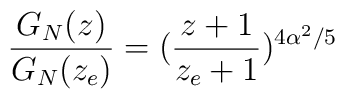
\frac{G_N(z)}{G_N(z_e)}=(\frac{z+1}{z_e+1})^{4\alpha^2/5}